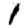
Digit: 1